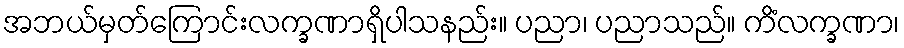
အဘယ်မှတ်ကြောင်းလက္ခဏာရှိပါသနည်း။ ပညာ၊ ပညာသည်။ ကိံလက္ခဏာ၊